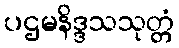
ပဌမနိဒ္ဒသသုတ္တံ